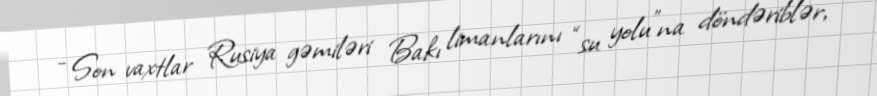
- Son vaxtlar Rusiya gəmiləri Bakı limanlarını “su yolu”na döndəriblər,